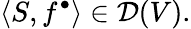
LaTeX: \langle S,f^{\bullet}\rangle\in{\mathcal{D}}(V).